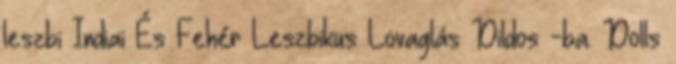
leszbi Indiai És Fehér Leszbikus Lovaglás Dildos -ba. Dolls